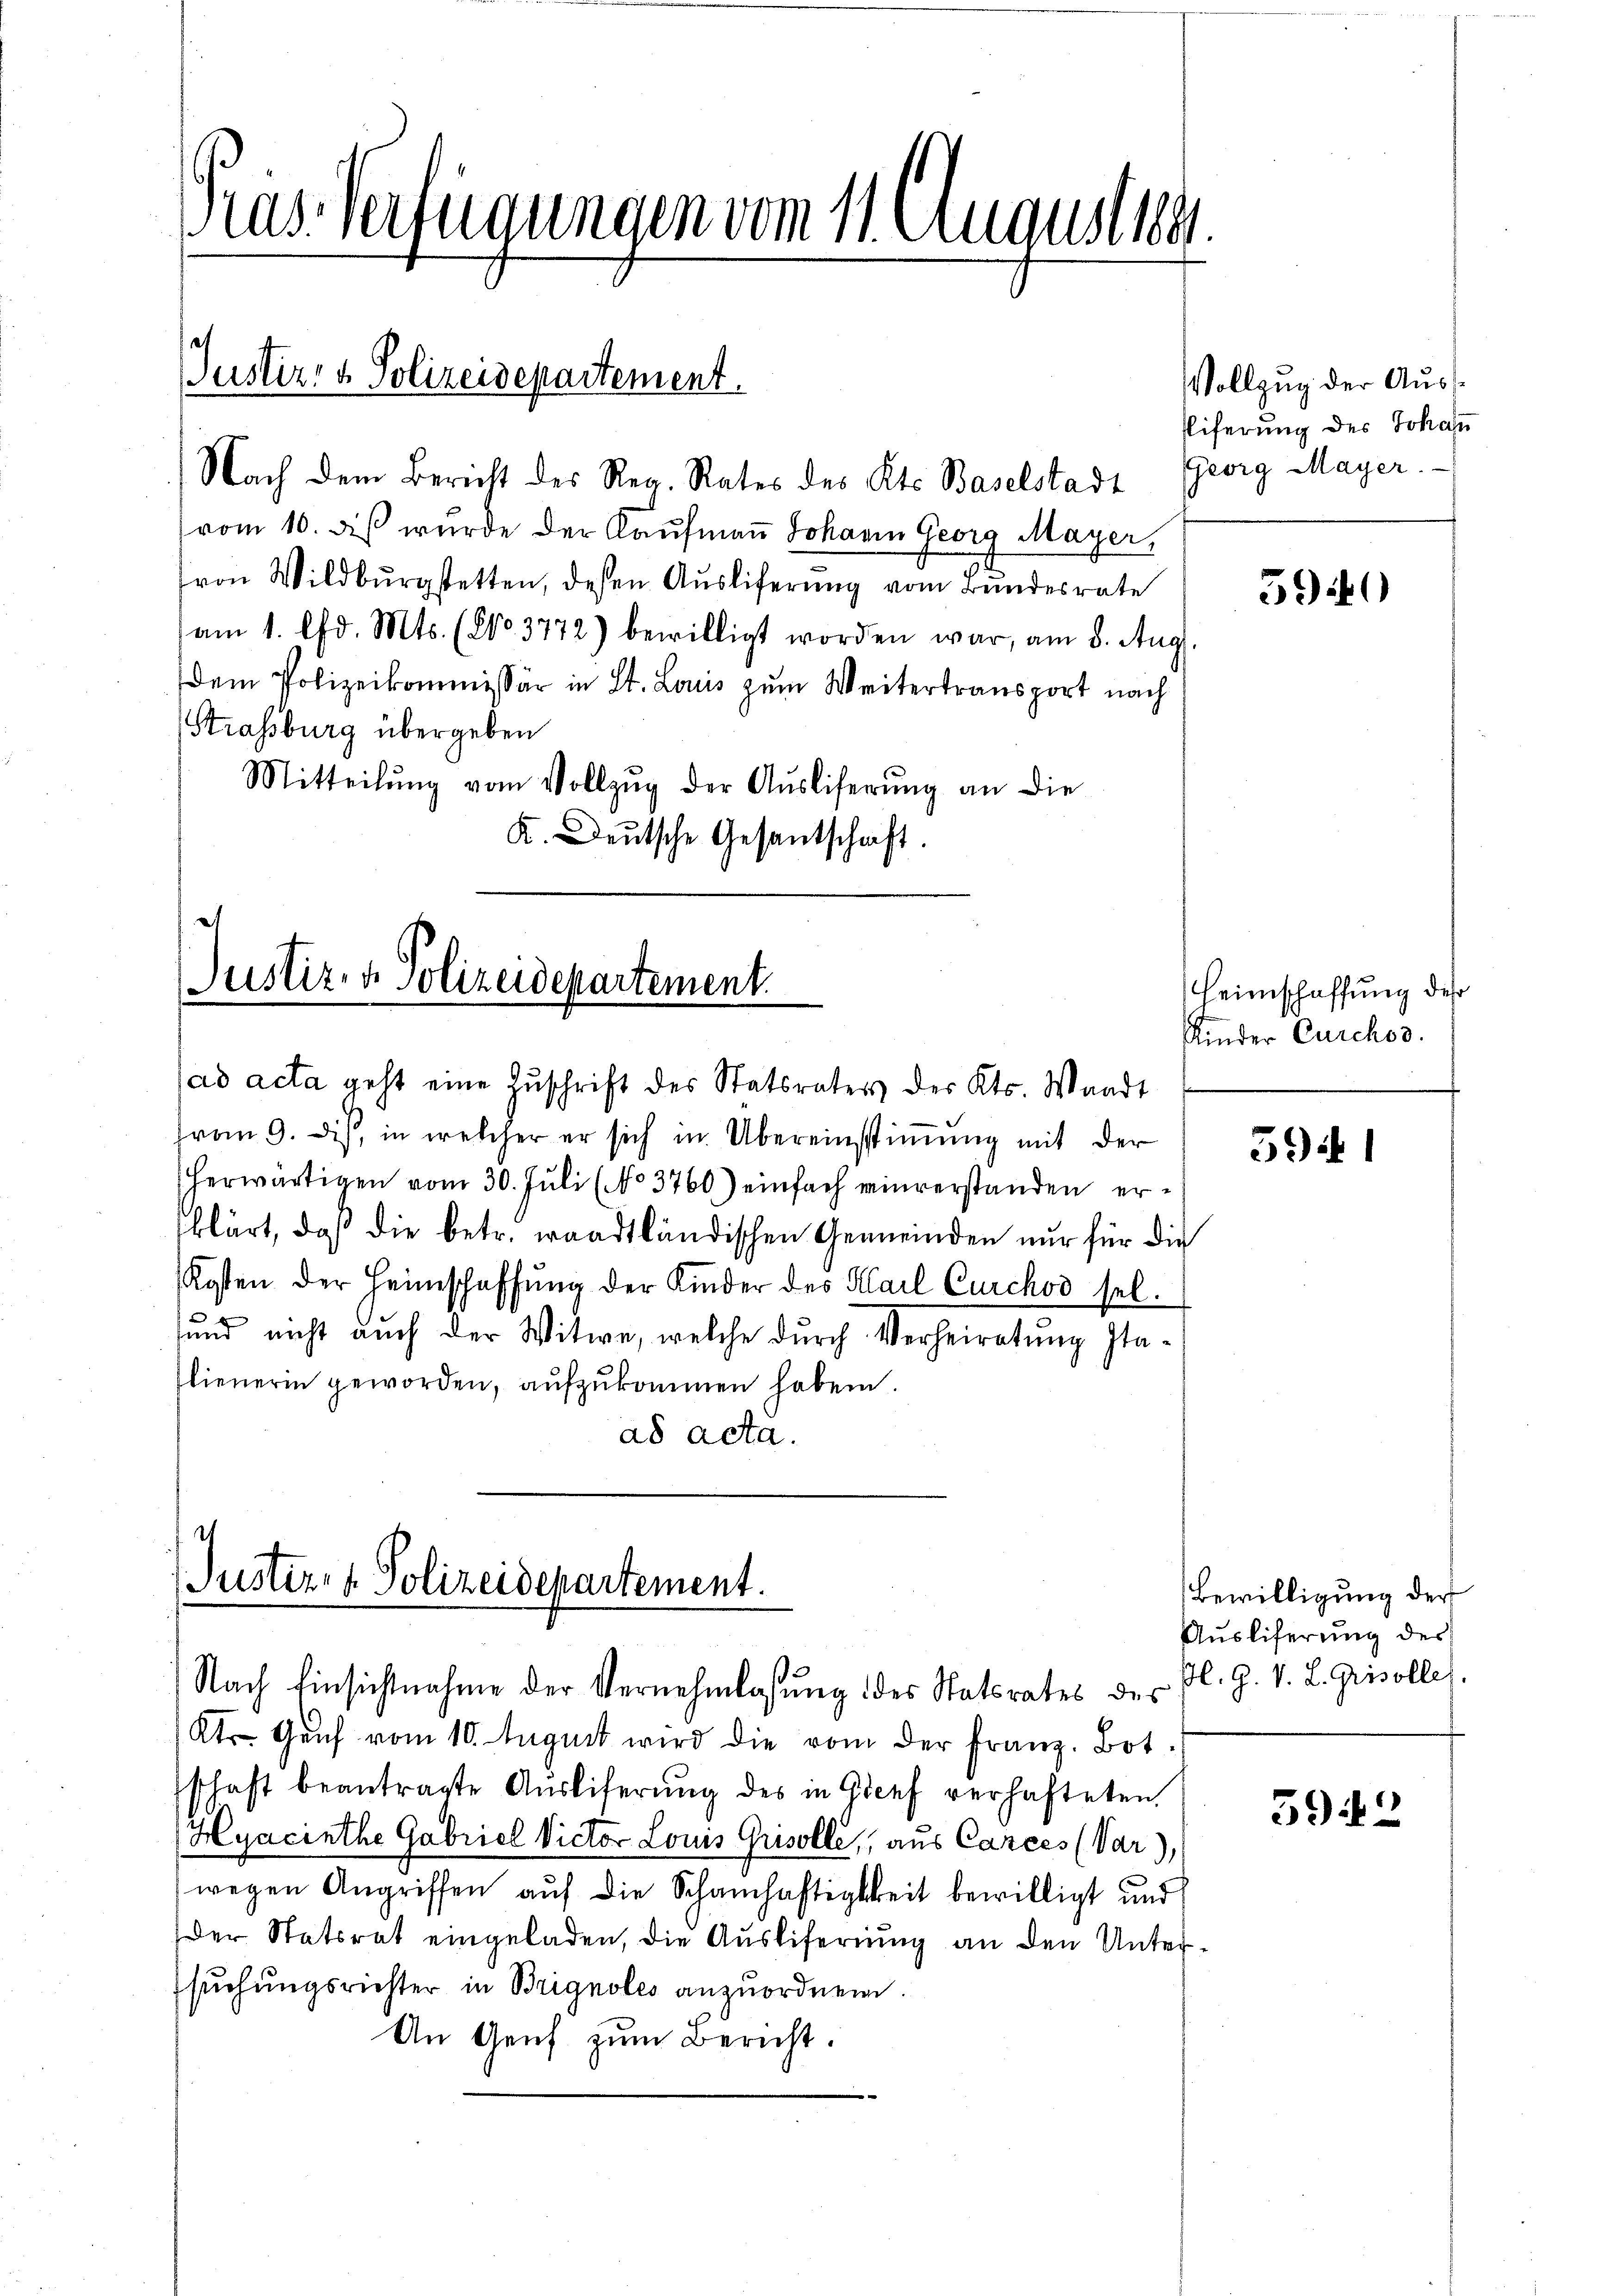
Nach dem Bericht des Reg. Rates des Kts. Baselstadt Georg Mayer.
vom 10. diβ wurde der Kaŭfmaṅ Johann Georg Mayer,
von Wildburgstetten, deßen Ausliferung vom Bundesrate
am 1. Chr. Mts. (No. 3772) bewilligt worden war, am 8. Aug
dem Polizeikommissär in St. Louis zum Weitertransport nach
Strassburg übergeben
Mitteilŭng vom Vollzŭg der Aŭsliferŭng an die
K. Deutsche Gesantschaft.

Dias verfügungen vom 11. August 1891

Justiz- & Polizeidepartement.

Justiz- & Polizeidepartement.
ad acta geht eine Zuschrift des Statsraters des Kts. Waadt

Justiz- & Polizeidepartement.

Nach Einsichtnahme der Vernehmlassŭng des Statsrates des Fl. G. V. L. Grisolle

Vollzug der Aus¬
Eiferung des Johann

(vom 9. dis, in welcher er sich in Übereinstimmung mit der
herwärtigen vom 30. Juli (No 3760) einfach einverstanden erklärt, daß die betr. waadtländischen Gemeinden nur für die
Kosten der Heimschaffŭng der Kinder des Karl Curchod sel.
sund nicht auch der Witwe, welche durch Verheiratung Italienerin geworden, aŭfzŭkommen haben.
ad acta.

Ktr. Genf vom 10. August wird die vom der Franz. Botschaft beantragte Aŭsliferŭng des in Genf verhafteten,
Hyacinthe Gabriel Victor Louis Grisolle, aus Carces (Var),
wegen Angriffen auf die Schamhaftigkeit bewilligt und
der Statsrat eingeladen, die Ausliferung an den Untersuchungsrichter in Brignoles anzuordnen.
An Genf zum Bericht.

5940

Heimschaffung des
Kinder Carchod.

59 f

Bewilligung der
Auslieferung des

592